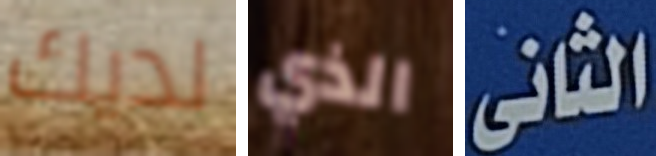
لديك الذي الثانى